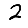
Digit: 2